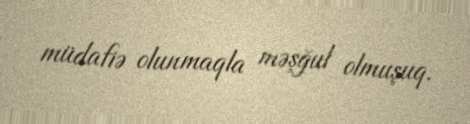
müdafiə olunmaqla məşğul olmuşuq.